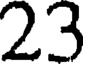
23